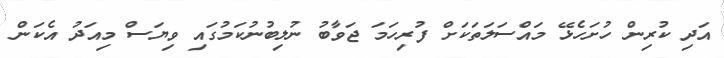
އަދި ކުރިން ހުށަހެޅޭ މައްސަލަތަކަށް ފުރިހަމަ ޖަވާބު ނުލިބުނުކަމުގައި ވިޔަސް މިއަދު އެކަން